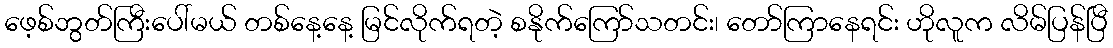
ဖေ့စ်ဘွတ်ကြီးပေါ်မယ် တစ်နေ့နေ့ မြင်လိုက်ရတဲ့ စနိုက်ကြော်သတင်း၊ တော်ကြာနေရင်း ဟိုလူက လိမ်ပြန်ပြီ